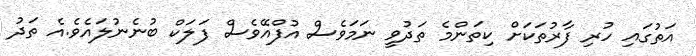
އަތުގައި ހުރި ފާރުތަކަށް ކިތަންމެ ތަދުވީ ނަމަވެސް އުފްއޭވެސް ފަލަކް ބުނެނުލައެވެ.އެ ތަދު